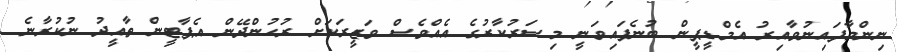
ނިންމާފައިނުވާއިރު އެމްޑީޕީން ބުނެފައިވަނީ މިސަރުކާރުގެ އެއްވެސް ވަޒީރަކަށް ރުހުންދޭން އެޕާޓީން ތާއީދު ނުކުރާނެ